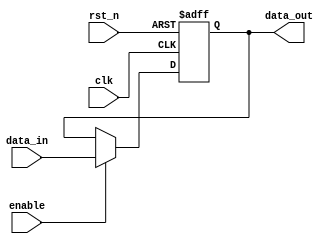
module memory_block (
    input wire clk,          // Clock input
    input wire rst_n,       // Asynchronous active-low reset
    input wire enable,       // Control signal to enable clock
    input wire [7:0] data_in, // Data input
    output reg [7:0] data_out // Data output
);
    always @(posedge clk or negedge rst_n) begin
        if (!rst_n) begin
            data_out <= 8'b0; // Reset output
        end else if (enable) begin
            data_out <= data_in; // Capture data on clock edge
        end
    end
endmodule